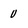
Character: U